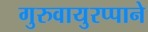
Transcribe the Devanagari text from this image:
गुरुवायुरप्पाने